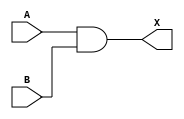
/* AND2 */

module AND2 ( A, B, X );

input A, B;
output X;

  and AAA (X, A, B);

endmodule